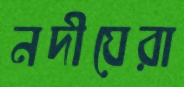
নদীঘেরা